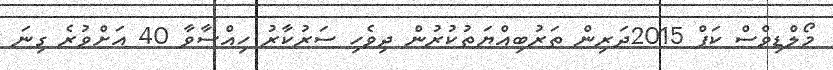
މޯލްޑިވްސް ކަޕް 2015ދަރިން ތަރުބިއްޔަތުކުރުން ދިވެހި ސަރުކާރު ހިއްސާވާ 40 އަށްވުރެ ގިނަ